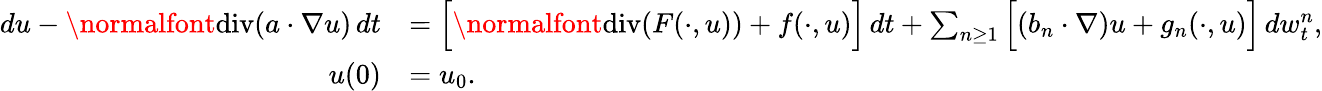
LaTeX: \begin{array}{rl}{du-\normalfont{\mathrm{div}}(a\cdot\nabla u)\, dt}&{=\Big[\normalfont{\mathrm{div}}(F(\cdot,u))+f(\cdot,u)\Big]\, dt+\sum_{n\geq 1}\Big[(b_{n}\cdot\nabla)u+g_{n}(\cdot,u)\Big]\, dw_{t}^{n},}\\ {u(0)}&{=u_{0}.}\end{array}